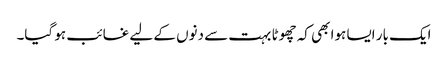
ایک بار ایسا ہوا بھی کہ چھوٹا بہت سے دنوں کے لیے غائب ہو گیا۔